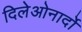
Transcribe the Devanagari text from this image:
दिलेओनार्दो